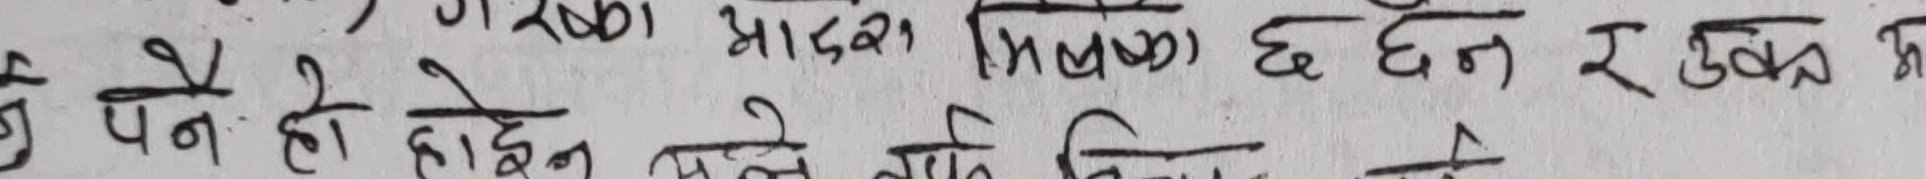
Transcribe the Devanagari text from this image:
हो पनि होइन भन्ने खालको विचार छ ।